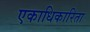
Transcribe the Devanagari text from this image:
एकाधिकारिता